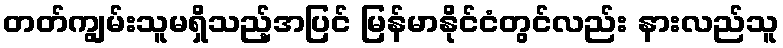
တတ်ကျွမ်းသူမရှိသည့်အပြင် မြန်မာနိုင်ငံတွင်လည်း နားလည်သူ